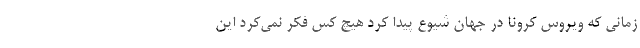
زمانی که ویروس کرونا در جهان شیوع پیدا کرد هیچ کس فکر نمی‌کرد این